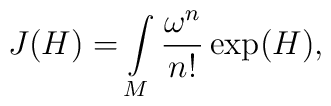
J(H) = \int\limits_M \frac{\omega^n}{n!} \exp (H),